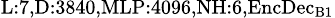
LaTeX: _{\textrm{L}:7,\textrm{D}:3840,\textrm{MLP}:4096,\textrm{NH}:6,\textrm{EncDec}_{\textrm{B}1}}